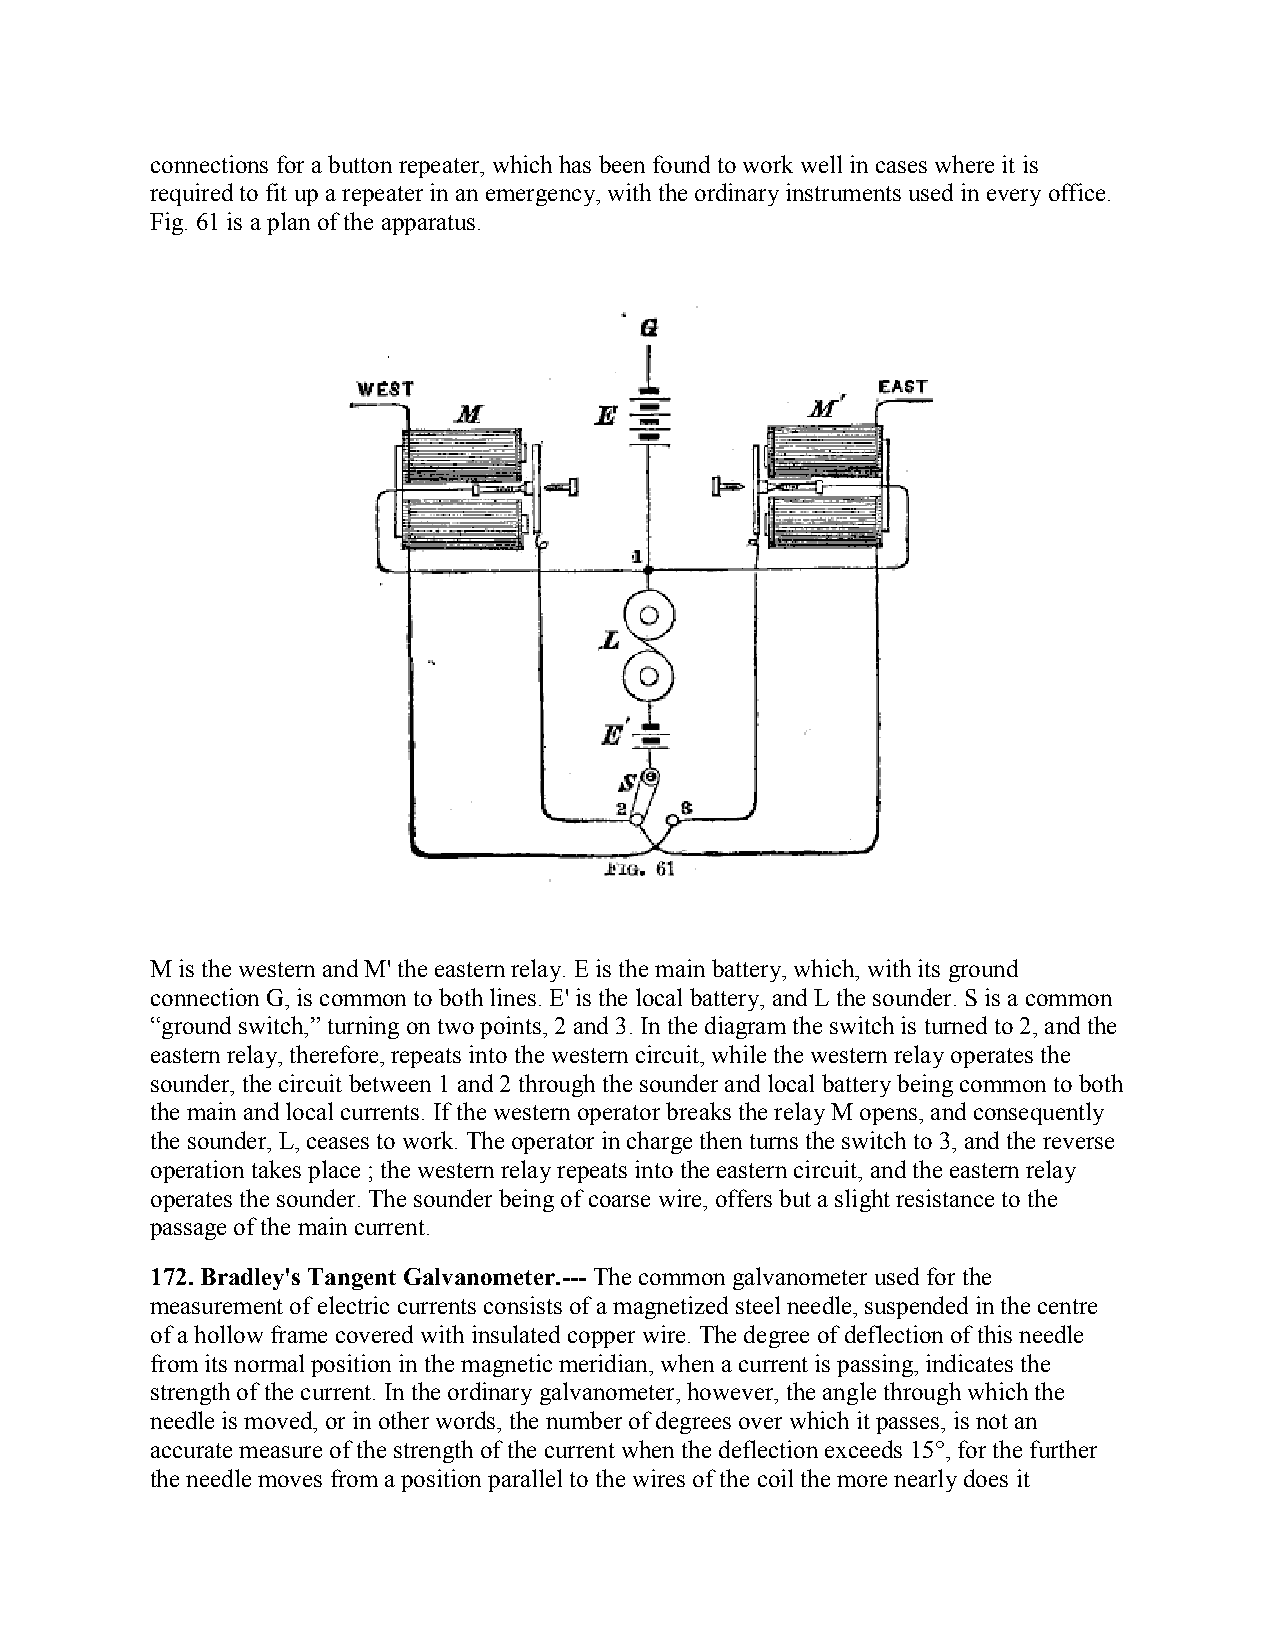
connections for a button repeater, which has been found to work well in cases where it is
 required to fit up a repeater in an emergency, with the ordinary instruments used in every office.
 Fig. 61 is a plan of the apparatus.
 M is the western and M' the eastern relay. E is the main battery, which, with its ground
 connection G, is common to both lines. E' is the local battery, and L the sounder. S is a common
 “ground switch,” turning on two points, 2 and 3. In the diagram the switch is turned to 2, and the
 eastern relay, therefore, repeats into the western circuit, while the western relay operates the
 sounder, the circuit between 1 and 2 through the sounder and local battery being common to both
 the main and local currents. If the western operator breaks the relay M opens, and consequently
 the sounder, L, ceases to work. The operator in charge then turns the switch to 3, and the reverse
 operation takes place ; the western relay repeats into the eastern circuit, and the eastern relay
 operates the sounder. The sounder being of coarse wire, offers but a slight resistance to the
 passage of the main current.
 172. Bradley's Tangent Galvanometer.--- The common galvanometer used for the
 measurement of electric currents consists of a magnetized steel needle, suspended in the centre
 of a hollow frame covered with insulated copper wire. The degree of deflection of this needle
 from its normal position in the magnetic meridian, when a current is passing, indicates the
 strength of the current. In the ordinary galvanometer, however, the angle through which the
 needle is moved, or in other words, the number of degrees over which it passes, is not an
 accurate measure of the strength of the current when the deflection exceeds 15°, for the further
 the needle moves from a position parallel to the wires of the coil the more nearly does it